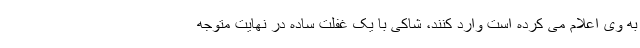
به وی اعلام می کرده است وارد کنند، شاکی با یک غفلت ساده در نهایت متوجه